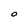
Character: O